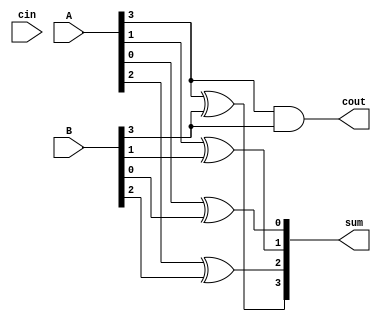
module Carry_skip_Lookahead_Adder #(parameter N = 4) (
    input [N-1:0] A, B,
    input cin,
    output [N-1:0] sum,
    output cout
);

reg [N-1:0] g, p, c, pp, gg;
reg c_in;
reg c_out;

initial begin
    c_in = 0;
    c_out = 0;
end

generate
    genvar i;
    for (i = 0; i < N; i = i + 1) begin
        assign g[i] = A[i] & B[i];
        assign p[i] = A[i] ^ B[i];
        assign c[i] = cin | (p[i] & c_in);
        assign pp[i] = p[i] ^ c_in;
        assign gg[i] = g[i] ^ c_in;
        assign sum[i] = pp[i] ^ c_out;
        if (i == N-1) begin
            assign cout = gg[i] | (pp[i] & c_out);
        end
        else begin
            assign c_out = gg[i] | (pp[i] & c_out);
            assign c_in = c[i];
        end
    end
endgenerate

endmodule